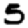
Digit: 5